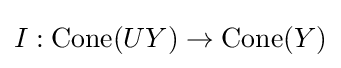
I:\mathrm {Cone} (UY)\to \mathrm {Cone} (Y)